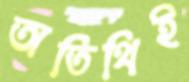
অতিথিই